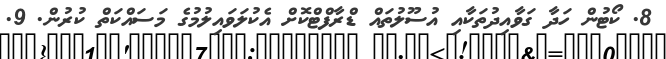
8. ކޯޓުން ހަދާ ގަވާއިދުތަކާއި އުސޫލުތައް ޑްރާފްޓްކޮށް އެކުލަވައިލުމުގެ މަސައްކަތް ކުރުން. 9.